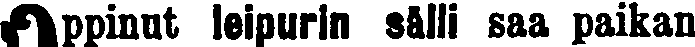
Oppinut leipurin sälli saa paikan